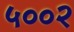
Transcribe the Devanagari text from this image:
५००२